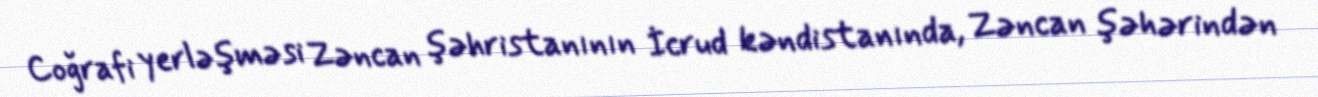
Coğrafi yerləşməsi Zəncan şəhristanının İcrud kəndistanında, Zəncan şəhərindən